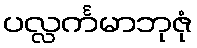
ပလ္လင်္ကမာဘုဇုံ